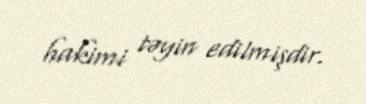
hakimi təyin edilmişdir.